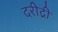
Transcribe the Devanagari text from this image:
दरीद्री